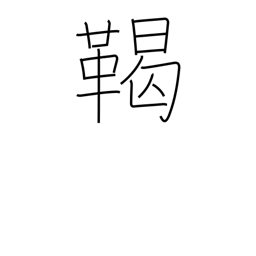
Meaning: tribe name